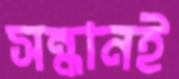
সন্ধানই